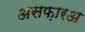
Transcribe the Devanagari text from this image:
असफ़ारअ